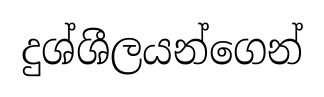
දුශ්ශීලයන්ගෙන්